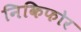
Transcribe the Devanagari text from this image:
निकिफोर